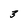
Character: 3